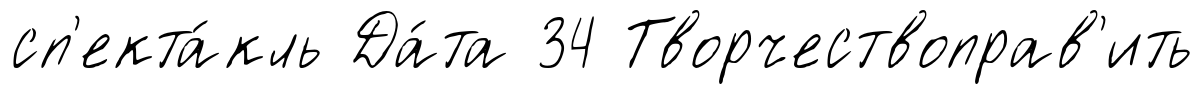
сп'екта́кль Да́та 34 Творчествоправ'ить